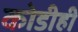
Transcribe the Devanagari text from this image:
कोडीही